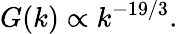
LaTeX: G(k)\propto k^{-19/3}.